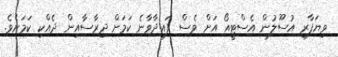
ވިޔަފާރި އުސޫލުން އެސްޓީއޯ އަށް ވެސް ފައިދާވާނެ ކަމަށް ދިރާސާއިން ދެއްކި ކަމަށެވެ.